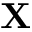
\mathbf { X }